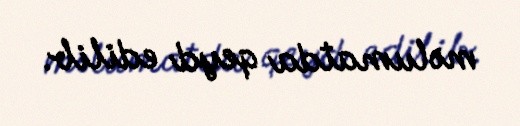
məlumatda qeyd edilib.